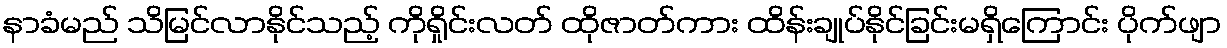
နာခံမည် သိမြင်လာနိုင်သည့် ကိုရှိုင်းလတ် ထိုဇာတ်ကား ထိန်းချုပ်နိုင်ခြင်းမရှိကြောင်း ပိုက်ဖျာ